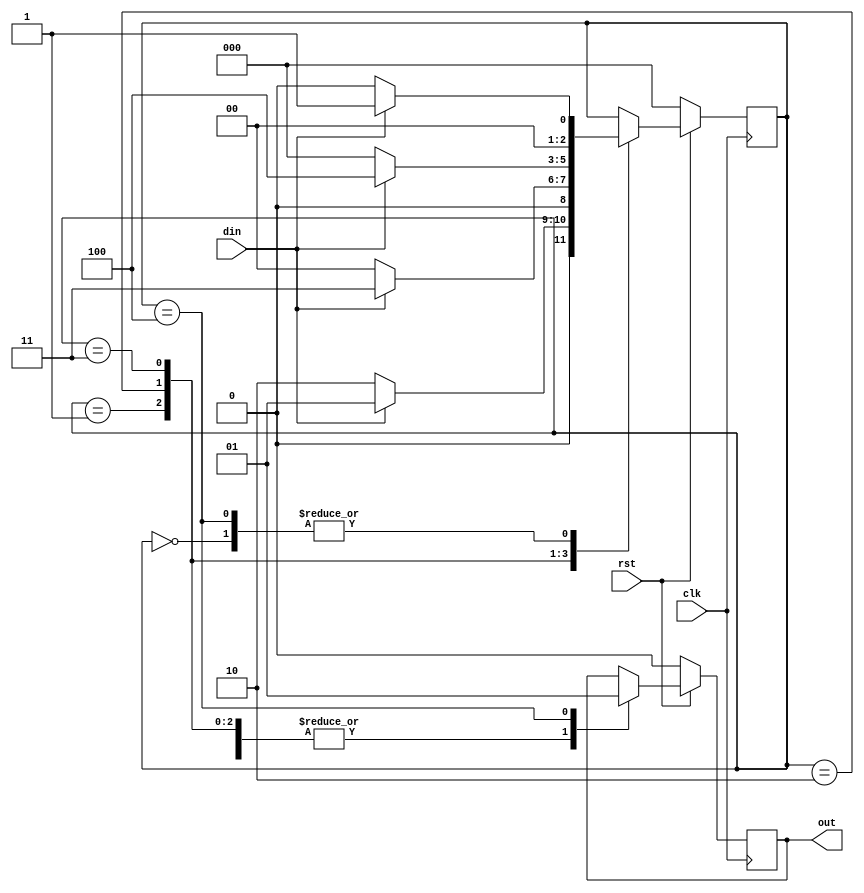
`timescale 1ns / 1ps

module moore1011(input clk,rst,din,output reg out );
parameter s0=3'b000,
          s1=3'b001,
          s2=3'b010,
          s3=3'b011,
          s4=3'b100;
reg [2:0]state;
always@(posedge clk)
if(rst==0)
state<=s0;
else
case(state)
s0: if(din==1'b1)   state<=s1;
    else state<=s0;
s1: if(din==1'b0)   state<=s2;
    else state<=s1;
s2:if(din==1'b1)    state<=s3;
    else state<=s0;
s3:if(din==1'b1)    state<=s4;
    else state<=s0;
s4:if(din==1'b1) state<=s1;
    else state<=s0;
endcase
always@(posedge clk)
if(rst==0)
out<=0;
else
case(state)
s0:out<=0;
s1:out<=0;
s2:out<=0;
s3:out<=0;
s4:out<=1;
endcase
endmodule